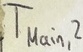
Text: TMain,2